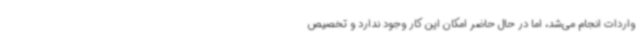
واردات انجام می‌شد، اما در حال حاضر امکان این کار وجود ندارد و تخصیص